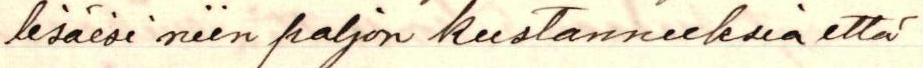
lisäisi niin paljon kustannuksia että